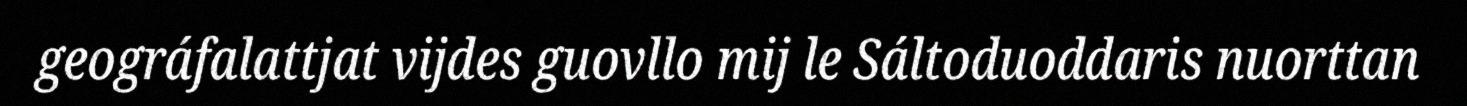
geográfalattjat vijdes guovllo mij le Sáltoduoddaris nuorttan